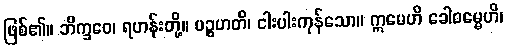
ဖြစ်၏။ ဘိက္ခဝေ၊ ရဟန်းတို့။ ပဉ္စဟတိ၊ ငါးပါးကုန်သော။ ဣမေဟိ ခေါဓမ္မေဟိ၊